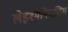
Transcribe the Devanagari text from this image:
लेइश्मनियसिस